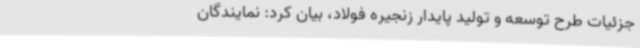
جزئیات طرح توسعه و تولید پایدار زنجیره فولاد، بیان کرد: نمایندگان